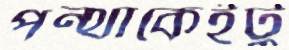
পন্থাকেইটু